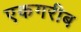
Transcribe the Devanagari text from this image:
एकगरीब